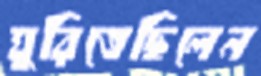
ঘুরিতেছিলেন